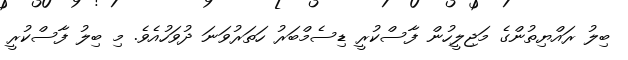
ބިލު ރައްޔިތުންގެ މަޖިލީހުން ފާސްކުރީ ޑިސެމްބަރު ހަތަރުވަނަ ދުވަހުއެވެ. މި ބިލު ފާސްކުރީ